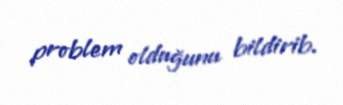
problem olduğunu bildirib.